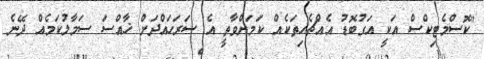
"ކޮސްމެޓިކްސް އަކީ އަގުބޮޑު އެއްޗެހިތަކެއް ކަމަށްވާތީ އެ ސަރަހައްދަށް ޚާއްސަ ސަމާލުކަމެއް ދޭނެ